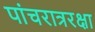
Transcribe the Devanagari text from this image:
पांचरात्ररक्षा